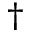
\dagger